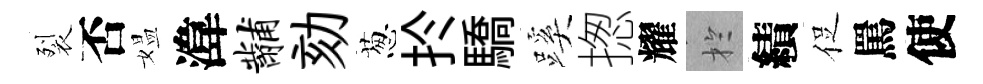
裂否媪湋黼劾葱扵驕蹊揔耀扵績促罵使